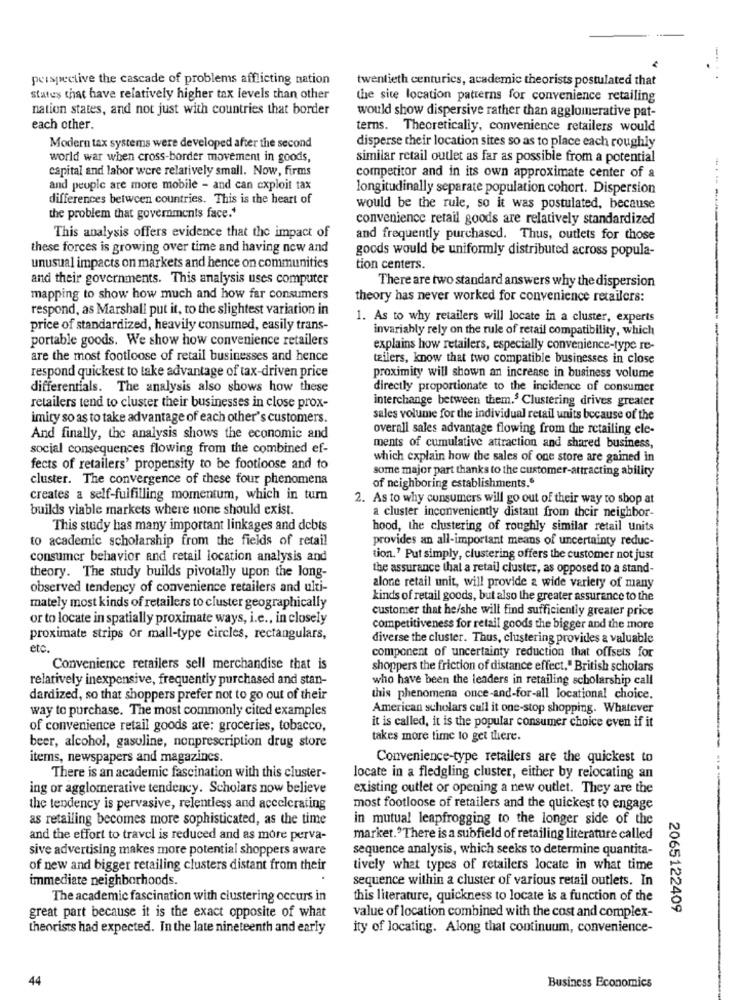
perspective the cascade of problems afflicting nation
twentieth centuries, academic theorists postulated that
states that have relatively higher tax levels than other
the site location patterns for convenience retailing
nation states, and not just with countries that border
would show dispersive rather than agglomerative pat-
each other.
terns. Theoretically, convenience retailers would
disperse their location sites so as to place each roughly
Modern tax systems were developed after the second
world war when cross-border movement in goods,
similar retail outlet as far as possible from a potential
capital and labor were relatively small. Now, firms
competitor and in its own approximate center of a
and people are more mobile - and can exploit tax
longitudinally separate population cohort. Dispersion
differences between countries. This is the heart of
would be the rule, so it was postulated, because
the problem that governments face.'
convenience retail goods are relatively standardized
This analysis offers evidence that the impact of
and frequently purchased. Thus, outlets for those
these forces is growing over time and having now and
goods would be uniformly distributed across popula-
unusual impacts on markets and hence on communities
tion centers.
and their governments. This analysis uses computer
There are two standard answers why the dispersion
mapping to show how much and how far consumers
theory has never worked for convenience retailers:
respond, as Marshall put it, to the slightest variation in
1. As to why retailers will locate in a cluster, experts
price of standardized, heavily consumed, easily trans-
invariably rely on the rule of retail compatibility, which
portable goods. We show how convenience retailers
explains how retailers, especially convenience-type re-
are the most footloose of retail businesses and hence
tzilers, know that two compatible businesses in close
respond quickest to take advantage of tax-driven price
proximity will shown an increase in business volume
differentials. The analysis also shows how these
directly proportionate to the incidence of consumer
interchange between them.$ Clustering drives greater
retailers tend to cluster their businesses in close prox-
imity so as to take advantage of each other's customers.
sales volume for the individual retail units because of the
overall sales advantage flowing from the retailing ele-
And finally, the analysis shows the economic and
social consequences flowing from the combined ef-
ments of cumulative attraction and shared business,
which explain how the sales of one store are gained in
fects of retailers' propensity to be footloose and to
some major part thanks to the customer-attracting ability
cluster. The convergence of these four phenomena
of neighboring establishments."
creates a self-fulfilling momentum, which in turn
2. As to why consumers will go out of their way to shop at
builds viable markets where none should exist.
a cluster inconveniently distant from their neighbor-
This study has many important linkages and debts
hood, the clustering of roughly similar retail units
to academic scholarship from the fields of retail
provides an all-important means of uncertainty reduc-
consumer behavior and retail location analysis and
tion.' Put simply, clustering offers the customer not just
the assurance that a retail cluster, as opposed to a stand-
theory. The study builds pivotally upon the long-
observed tendency of convenience retailers and ulti-
alone retail unit, will provide a wide variety of many
kinds of retail goods, but also the greater assurance to the
mately most kinds of retailers to cluster geographically
customer that he/she will find sufficiently greater price
or to locate in spatially proximate ways, i.e ., in closely
competitiveness for retail goods the bigger and the more
proximate strips or mall-type circles, rectangulars,
diverse the cluster. Thus, clustering provides a valuable
etc.
component of uncertainty reduction that offsets for
Convenience retailers sell merchandise that is
shoppers the friction of distance effect." British scholars
relatively inexpensive, frequentiy purchased and stan-
who have been the leaders in retailing scholarship call
dardized, so that shoppers prefer not to go out of their
this phenomena once-and-for-all locational choice.
way to purchase. The most commonly cited examples
American scholars call it one-stop shopping. Whatever
it is called, it is the popular consumer choice even if it
of convenience retail goods are: groceries, tobacco,
takes more time to get there.
beer, alcohol, gasoline, nonprescription drug store
items, newspapers and magazines.
Convenience-type retailers are the quickest to
There is an academic fascination with this cluster-
locate in a fledgling cluster, either by relocating an
ing or agglomerative tendency. Scholars now believe
existing outlet or opening a new outlet. They are the
the tendency is pervasive, relentless and accelerating
most footloose of retailers and the quickest to engage
as retailing becomes more sophisticated, as the time
in mutual leapfrogging to the longer side of the
and the effort to travel is reduced and as more perva-
market."There is a subfield of retailing literature called
sive advertising makes more potential shoppers aware
sequence analysis, which seeks to determine quantita-
of new and bigger retailing clusters distant from their
tively what types of retailers locate in what time
immediate neighborhoods.
sequence within a cluster of various retail outlets. In
The academic fascination with clustering occurs in
this literature, quickness to locate is a function of the
2065122409
great part because it is the exact opposite of what
value of location combined with the cost and complex-
theorists had expected. In the late nineteenth and early
ity of locating. Along that continuum, convenience-
44
Business Economics